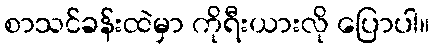
စာသင်ခန်းထဲမှာ ကိုရီးယားလို ပြောပါ။